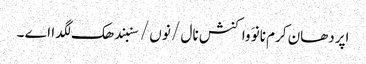
اپردھان کرم نانوَ واکنش نال / نوں / سنبندھک لگدا اے ۔